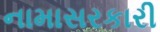
નામાસરકારી